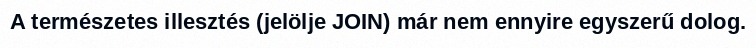
A természetes illesztés (jelölje JOIN) már nem ennyire egyszerű dolog.